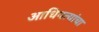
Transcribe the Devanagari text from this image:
आधिपत्यांचा